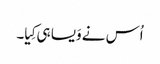
اُس نے وَیسا ہی کِیا۔